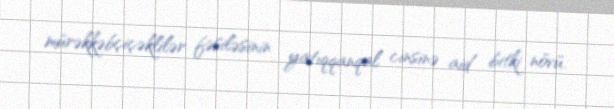
mürəkkəbçiçəklilər fəsiləsinin yatıqqanqal cinsinə aid bitki növü.